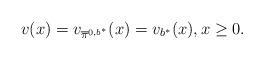
LaTeX: \begin{align*}v(x) = v_{\overline{\pi}^{0,b^*}}(x) = v_{b^*}(x), x \geq 0.\end{align*}